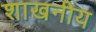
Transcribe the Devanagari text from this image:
शाखनीय